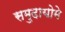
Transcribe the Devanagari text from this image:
समुदायोमे